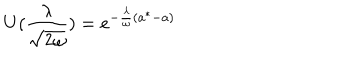
U ( \frac { \lambda } { \sqrt { 2 \omega } } ) = e ^ { - \frac { \lambda } { \omega } ( a ^ { * } - a ) }